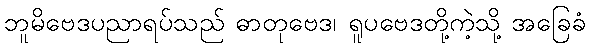
ဘူမိဗေဒပညာရပ်သည် ဓာတုဗေဒ၊ ရူပဗေဒတို့ကဲ့သို့ အခြေခံ